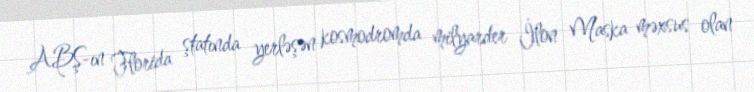
ABŞ-ın Florida ştatında yerləşən kosmodromda milyarder İlon Maska məxsus olan